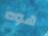
هوه